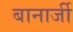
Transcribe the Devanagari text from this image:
बानार्जी